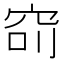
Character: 𥥎